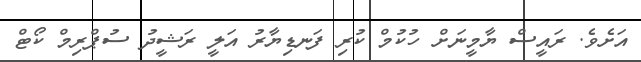
އަށެވެ. ރައީސް ޔާމީނަށް ހުކުމް ކުރި ފަނޑިޔާރު އަލީ ރަޝީދު ސުޕްރިމް ކޯޓް